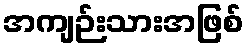
အကျဉ်းသားအဖြစ်